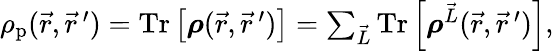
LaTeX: \begin{array}{r}{\rho_{\textrm{p}}(\vec{r},\vec{r}\, ^{\prime})=\textrm{Tr}\left[\boldsymbol{\rho}(\vec{r},\vec{r}\, ^{\prime})\right]=\sum_{\vec{L}}\textrm{Tr}\left[\boldsymbol{\rho}^{\vec{L}}(\vec{r},\vec{r}\, ^{\prime})\right],}\end{array}